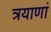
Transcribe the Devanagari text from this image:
त्रयाणां